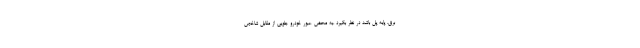
برق، پایه پل باشد در نظر بگیرد .به محض عبور خودرو جلویی از مقابل شاخص